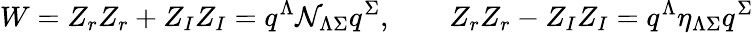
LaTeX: W=Z_{r}Z_{r}+Z_{I}Z_{I}=q^{\Lambda}\mathcal{N}_{\Lambda\Sigma}q^{\Sigma},\qquad Z_{r}Z_{r}-Z_{I}Z_{I}=q^{\Lambda}\eta_{\Lambda\Sigma}q^{\Sigma}